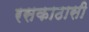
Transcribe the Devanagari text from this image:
रसकाठासी